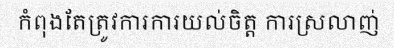
កំពុងតែត្រូវការការយល់ចិត្ត ការស្រលាញ់